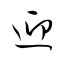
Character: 迎